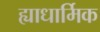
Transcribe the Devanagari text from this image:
ह्याधार्मिक